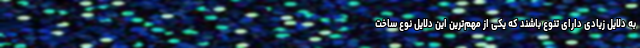
به دلایل زیادی دارای تنوع باشند که یکی از مهم‌ترین این دلایل نوع ساخت